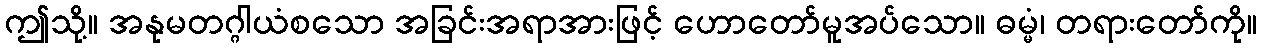
ဤသို့။ အနုမတဂ္ဂါယံစသော အခြင်းအရာအားဖြင့် ဟောတော်မူအပ်သော။ ဓမ္မံ၊ တရားတော်ကို။